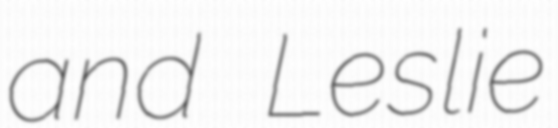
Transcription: and Leslie